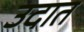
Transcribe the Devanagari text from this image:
उदात